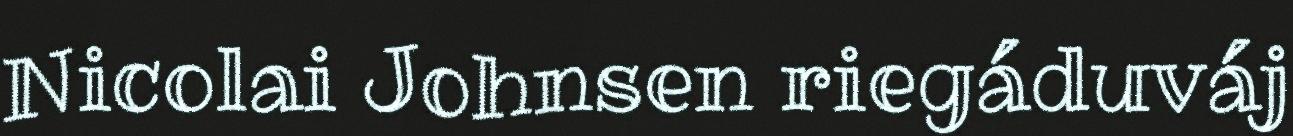
Nicolai Johnsen riegáduváj